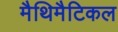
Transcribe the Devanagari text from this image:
मैथिमैटिकल